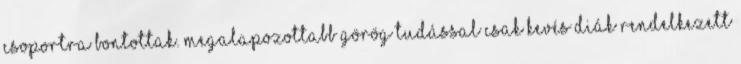
csoportra bontottak. Megalapozottabb görög tudással csak kevés diák rendelkezett